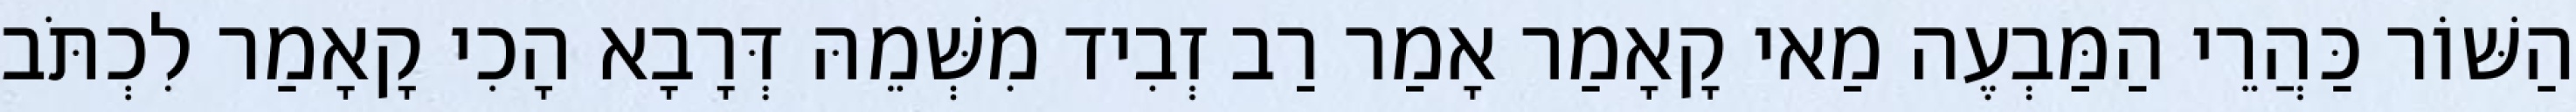
הַשּׁוֹר כַּהֲרֵי הַמַּבְעֶה מַאי קָאָמַר אָמַר רַב זְבִיד מִשְּׁמֵהּ דְּרָבָא הָכִי קָאָמַר לִכְתֹּב